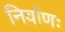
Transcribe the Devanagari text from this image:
निर्वाणः